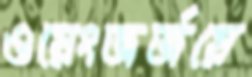
ওয়েংজর্জয়ে